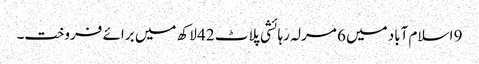
9 اسلام آباد میں 6 مرلہ رہائشی پلاٹ 42 لاکھ میں برائے فروخت۔